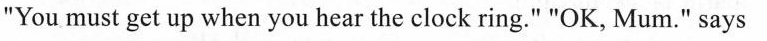
"You must get up when you hear the clock ring." "OK, Mum." says